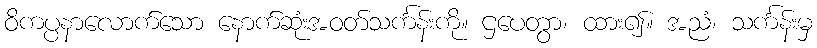
ဝိကပ္ပနာလောက်သော နောက်ဆုံးအဝတ်သင်္ကန်းကို။ ဌပေတွာ၊ ထား၍။ အညံ၊ သင်္ကန်းမှ